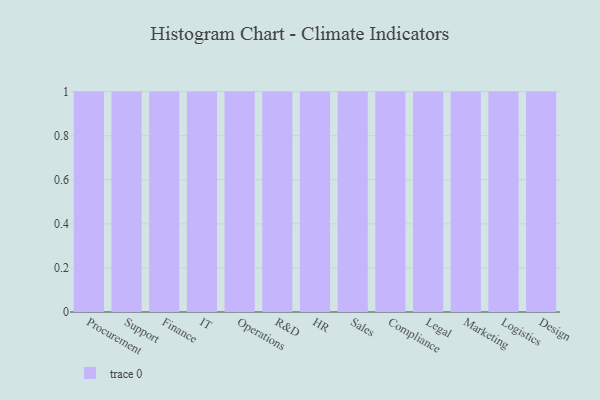
{"axis": {"x": "Department", "y": "Budget (USD K)"}, "legend": [""], "data": [{"x": "Procurement", "y": 54, "type": ""}, {"x": "Support", "y": 94, "type": ""}, {"x": "Finance", "y": 36, "type": ""}, {"x": "IT", "y": 65, "type": ""}, {"x": "Operations", "y": 56, "type": ""}, {"x": "R&D", "y": 7, "type": ""}, {"x": "HR", "y": 44, "type": ""}, {"x": "Sales", "y": 39, "type": ""}, {"x": "Compliance", "y": 61, "type": ""}, {"x": "Legal", "y": 63, "type": ""}, {"x": "Marketing", "y": 24, "type": ""}, {"x": "Logistics", "y": 95, "type": ""}, {"x": "Design", "y": 63, "type": ""}]}